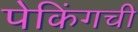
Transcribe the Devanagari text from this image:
पेकिंगची